Report on the lunatic asylums under the Government of Bombay - 1904-1913
Year: 1904
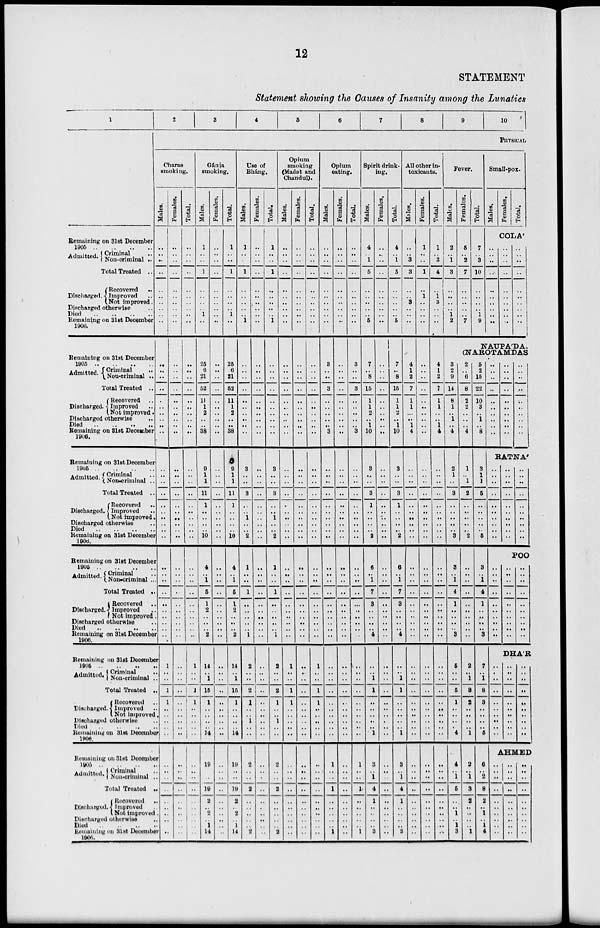
12
STATEMENT
Statement showing the Causes of Insanity among the Lunatics
1
Remaining on 31st December
1905
..
..
..
..
Admitted.
Criminal ..
Non-criminal ..
Total Treated ..
Discharged.
Recovered ..
Improved ..
Not improved.
Discharged otherwise ..
Died .. .. .. ..
Remaining on 31 St December
1906.
Remaining on 31st December
1905 .. .. .. ..
Admitted.
Criminal ..
Non-criminal ..
Total Treated ..
Discharged.
Recovered ..
Improved ..
Not improved.
Discharged otherwise ..
Died .. .. .. ..
Remaining on 31st December
1906.
Died .. .. .. ..
Remaining on 31st December
1905
..
..
..
..
Admitted.
Criminal ..
Non-criminal ..
Total Treated ..
Discharged.
Recovered ..
Improved ..
Not improved.
Discharged otherwise ..
Died .. .. .. ..
Remaining on 31st December
1906.
Remaining on 31st December
1905 .. .. .. ..
Admitted. Criminal ..
Non-criminal ..
Total Treated ..
Discharged.
Recovered ..
Improved ..
Not improved.
Discharged otherwise ..
Died .. .. .. ..
Remaining on 31st December
1906.
Remaining on 31st December
1905 .. .. .. ..
Admitted. Criminal ..
Non-criminal ..
Total Treated ..
Discharged.
Recovered ..
Improved ..
Not improved
Discharged otherwise ..
Died .. .. .. ..
Remaining on 31st December
1906.
Remaining on 31st December
1905 .. .. .. ..
Admitted. Criminal ..
Non-criminal ..
Total Treated ..
Discharged.
Recovered ..
Improved ..
Not improved.
Discharged otherwise ..
Died
..
..
..
..
Remaining on 31st December
1906.
2
3
4
5
6
7
8
9
10
PHYSICAL
Charas
smoking.
Males.
..
..
..
..
..
..
..
..
..
..
..
..
..
..
..
..
..
..
..
..
..
..
..
..
..
..
..
..
..
..
..
..
..
..
..
..
..
..
..
..
1
..
..
1
1
..
..
..
..
..
..
..
..
..
..
..
..
..
..
..
Females.
..
..
..
..
..
..
..
..
..
..
..
..
..
..
..
..
..
..
..
..
..
..
..
..
..
..
..
..
..
..
..
..
..
..
..
..
..
..
..
..
..
..
..
..
..
..
..
..
..
..
..
..
..
..
..
..
..
..
..
..
Total.
..
..
..
..
..
..
..
..
..
..
..
..
..
..
..
..
..
..
..
..
..
..
..
..
..
..
..
..
..
..
..
..
..
..
..
..
..
..
..
..
1
..
..
1
1
..
..
..
..
..
..
..
..
..
..
..
..
..
..
..
Gánja
smoking.
Males.
1
..
..
1
..
..
..
..
1
..
25
6
21
52
11
1
2
..
..
38
9
1
1
11
1
..
..
..
..
10
4
..
1
5
1
2
..
..
.. 2
14
..
1
15
1
..
..
..
..
14
19
..
..
19
2
..
2
..
1
14
Females.
..
..
..
..
..
..
..
..
..
..
..
..
..
..
..
..
..
..
..
..
..
..
..
..
..
..
..
..
.. ..
..
..
..
..
..
..
..
..
..
..
..
..
..
..
..
..
..
..
..
..
..
..
..
..
..
..
..
..
..
..
Total.
1
..
..
1
..
..
..
..
1
..
25
6
21
52
11
1
2
..
..
38
9
1
1
11
1
..
..
..
..
10
4
..
1
5
1
2
..
..
.. 2
14
..
1
15
1
..
..
..
..
14
19
..
..
19
2
..
2
..
1
14
Use of
Bháng.
Males.
1
..
..
1
..
..
..
..
.. 1
..
..
..
..
..
..
..
..
..
..
3
..
..
3
..
..
1
..
.. 2
1
..
..
1
..
..
..
..
.. 1
2
..
..
2
1
..
..
1
..
..
2
..
..
2
..
..
..
..
.. 2
Females.
..
..
..
..
..
..
..
..
..
..
..
..
..
..
..
..
..
..
..
..
..
..
..
..
..
..
..
..
.. ..
..
..
..
..
..
..
..
..
..
..
..
..
..
..
..
..
..
..
..
..
..
..
..
..
..
..
..
..
..
..
Total.
1
..
..
1
..
..
..
..
.. 1
..
..
..
..
..
..
..
..
..
..
3
..
..
3
..
..
1
..
.. 2
1
..
..
1
..
..
..
..
.. 1
2
..
..
2
1
..
..
1
..
..
2
..
..
2
..
..
..
..
.. 2
Opium
smoking
(Madak and
Chandul).
Males.
..
..
..
..
..
..
..
..
.. ..
..
..
..
..
..
..
..
..
..
..
..
..
..
..
..
..
..
..
..
..
..
..
..
..
..
..
..
..
..
..
1
..
..
1
1
..
..
..
..
..
..
..
..
..
..
..
..
..
..
..
Females.
..
..
..
..
..
..
..
..
..
..
..
..
..
..
..
..
..
..
..
..
..
..
..
..
..
..
..
..
..
..
..
..
..
..
..
..
..
..
..
..
..
..
..
..
..
..
..
..
..
..
..
..
..
..
..
..
..
..
..
..
Total.
..
..
..
..
..
..
..
..
..
..
..
..
..
..
..
..
..
..
..
..
..
..
..
..
..
..
..
..
..
..
..
..
..
..
..
..
..
..
..
..
1
..
..
1
1
..
..
..
..
..
..
..
..
..
..
..
..
..
..
..
Opium
eating.
Males.
..
..
..
..
..
..
..
..
..
..
3
..
..
3
..
..
..
..
..
3
..
..
..
..
..
..
..
..
..
..
..
..
..
..
..
..
..
..
..
..
..
..
..
..
..
..
..
..
..
..
1
..
..
1
..
..
..
..
..
1
Females.
..
..
..
..
..
..
..
..
..
..
..
..
..
..
..
..
..
..
..
..
..
..
..
..
..
..
..
..
..
..
..
..
..
..
..
..
..
..
..
..
..
..
..
..
..
..
..
..
..
..
..
..
..
..
..
..
..
..
..
..
Total.
..
..
..
..
..
..
..
..
..
..
3
..
..
3
..
..
..
..
.. 3
..
..
..
..
..
..
..
..
..
..
..
..
..
..
..
..
..
..
..
..
..
..
..
..
..
..
..
..
..
..
1
..
..
1
..
..
..
..
.. 1
Spirit drink-
ing.
Males.
4
..
1
5
..
..
..
..
.. 5
7
..
8
15
1
1
2
..
1
10
3
..
..
3
1
..
..
..
.. 2
6
1
1
7
3
..
..
..
.. 4
..
..
1
1
..
..
..
..
..
1
3
..
1
4
1
..
..
..
.. 3
Females.
..
..
..
..
..
..
..
..
..
..
..
..
..
..
..
..
..
..
..
..
..
..
..
..
..
..
..
..
..
..
..
..
..
..
..
..
..
..
..
..
..
..
..
..
..
..
..
..
..
..
..
..
..
..
..
..
..
..
..
..
Total.
4
..
1
5
..
..
..
..
.. 5
7
..
8
15
1
1
2
..
1
10
3
..
..
3
1
..
..
..
.. 2
6
1 1
7
3
..
..
..
.. 4
..
..
1
1
..
..
..
..
..
1
3
..
1
4
1
..
..
..
.. 3
All other in-
toxicants.
Males.
..
..
3
3
..
..
3
..
..
..
4
1
2
7
1
1
..
..
1
4
..
..
..
..
..
..
..
..
..
..
..
..
..
..
..
..
..
..
..
..
..
..
..
..
..
..
..
..
..
..
..
..
..
..
..
..
..
..
..
..
Females.
1
..
..
1
..
1
..
..
..
..
..
..
..
..
..
..
..
..
..
..
1
..
..
..
..
..
..
..
..
..
..
..
..
..
..
..
..
..
..
..
..
..
..
..
..
..
..
..
..
..
..
..
..
..
..
..
..
..
..
..
Total.
1
..
3
4
..
1
3
..
..
..
4
1
2
7
1
1
..
..
1
4
..
..
..
..
..
..
..
..
..
..
..
..
..
..
..
..
..
..
..
..
..
..
..
..
..
..
..
..
..
..
..
..
..
..
..
..
..
..
..
..
Fever.
Males.
2
..
1
3
..
..
..
..
1
2
Females.
5
..
2
7
..
..
..
..
.. 7
Total.
7
..
3
10
..
..
..
..
1
9
Small-pox.
Males.
Females.
Total.
COLA
..
..
..
..
..
..
..
..
..
..
..
..
..
..
..
..
..
..
..
..
..
..
..
..
..
..
..
..
.. ..
NAUPA'DA,
(NAROTAMDAS
3
2
9
14
8
1
..
1
.. 4
2
1
..
3
..
..
..
..
.. 3
3
1 ..
4
1
..
..
..
.. 3
5
..
..
5
1
..
..
..
..
4
4
..
1
5
..
..
1
..
1
3
2
..
6
8
2
2
..
..
..
4
1
..
1
2
..
..
..
..
.. 2
..
..
..
..
..
..
..
..
..
..
2
..
1
3
2
..
..
..
..
1
2
..
1
3
2
..
..
..
..
1
5
2
15
22
10
3
..
1
.. 8
3
1
1
5
..
..
..
..
.. 5
3
1 ..
4
1
..
..
..
.. 3
7
..
1
8
3
..
..
..
..
5
6
..
2
8
2
..
1
..
1
4
..
..
..
..
..
..
..
..
..
..
..
..
..
..
..
..
..
..
..
..
..
..
..
..
..
..
..
..
..
..
RATNA
..
..
..
..
..
..
..
..
..
..
..
..
..
..
..
..
..
..
..
..
..
..
..
..
..
..
..
..
..
..
POO
..
..
..
..
..
..
..
..
..
..
..
..
..
..
..
..
..
..
..
..
..
..
..
..
..
..
..
..
..
..
DHA'R
..
..
..
..
..
..
..
..
..
..
..
..
..
..
..
..
..
..
..
..
..
..
..
..
..
..
..
..
..
..
AHMED
..
..
..
..
..
..
..
..
..
..
..
..
..
..
..
..
..
..
..
..
..
..
..
..
..
..
..
..
..
..